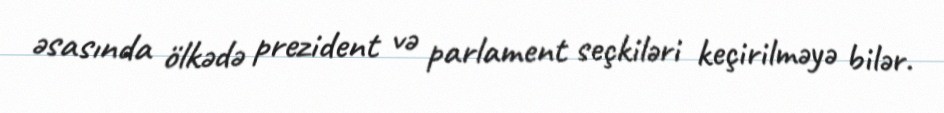
əsasında ölkədə prezident və parlament seçkiləri keçirilməyə bilər.